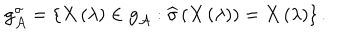
LaTeX: { \bf g } _ { { \cal A } } ^ { \sigma } = \left\{ X \left( \lambda \right) \in { \bf g } _ { { \cal A } } : \widehat { \sigma } \left( X \left( \lambda \right) \right) = X \left( \lambda \right) \right\} .